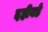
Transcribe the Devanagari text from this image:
दहीवडे